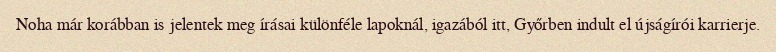
Noha már korábban is jelentek meg írásai különféle lapoknál, igazából itt, Győrben indult el újságírói karrierje.